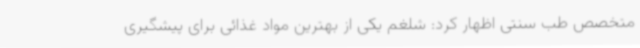
متخصص طب سنتی اظهار کرد: شلغم یکی از بهترین مواد غذائی برای پیشگیری